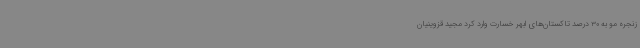
زنجره‌ مو به 30 درصد تاکستان‌های ابهر خسارت وارد کرد مجید قزوینیان